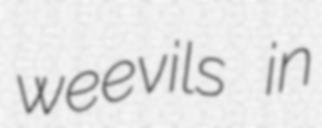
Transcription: weevils in